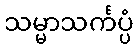
သမ္မာသင်္ကပ္ပံ